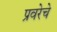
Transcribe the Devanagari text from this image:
प्रवरेचे